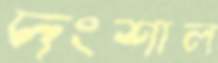
দংশাল